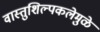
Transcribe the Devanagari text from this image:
वास्तुशिल्पकलेमुळे